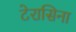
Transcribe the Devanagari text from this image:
टेरासिना